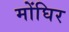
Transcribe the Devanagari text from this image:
मोंघिर